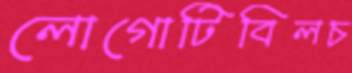
লোগোটিবিলচ